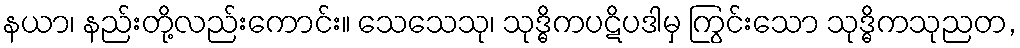
နယာ၊ နည်းတို့လည်းကောင်း။ သေသေသု၊ သုဒ္ဓိကပဋိပဒါမှ ကြွင်းသော သုဒ္ဓိကသုညတ,